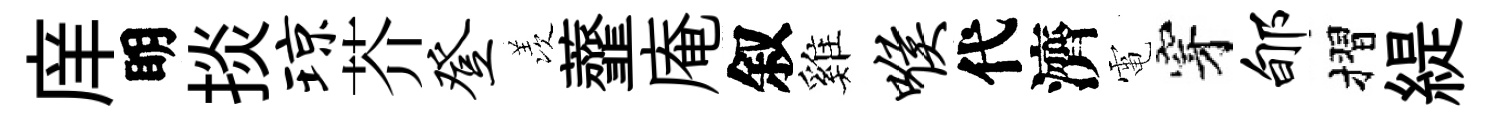
庠眀掞琼芥登羡虀庵叙雞喉代濟電穿郇摺緹